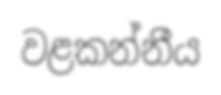
වළකන්නීය